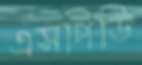
এসপিডি